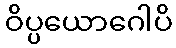
ဝိပ္ပယောဂေါပိ